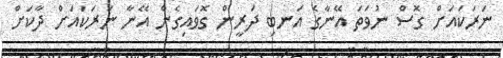
ނަރަކައަށް ގޮސް ނުވަތަ އޭނާގެ އަނބި ދަރީން ގޮވައިގެން އޭނާ ނަރަކައަށް ދާކަށް